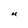
Character: U